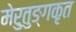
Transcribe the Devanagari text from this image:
मेरुतुङ्गकृत